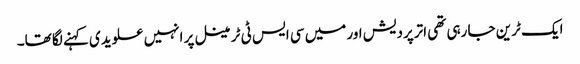
ایک ٹرین جا رہی تھی اترپردیش اور میں سی ایس ٹی ٹرمینل پر انہیں علویدی کہنے لگا تھا۔